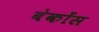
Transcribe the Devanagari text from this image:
बेकोंस